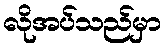
လိုအပ်သည်မှာ